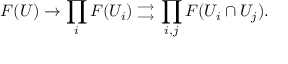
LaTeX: F ( U ) \rightarrow \prod _ { i } F ( U _ { i } ) { { { } \atop \longrightarrow } \atop { \longrightarrow \atop { } } } \prod _ { i , j } F ( U _ { i } \cap U _ { j } ) .